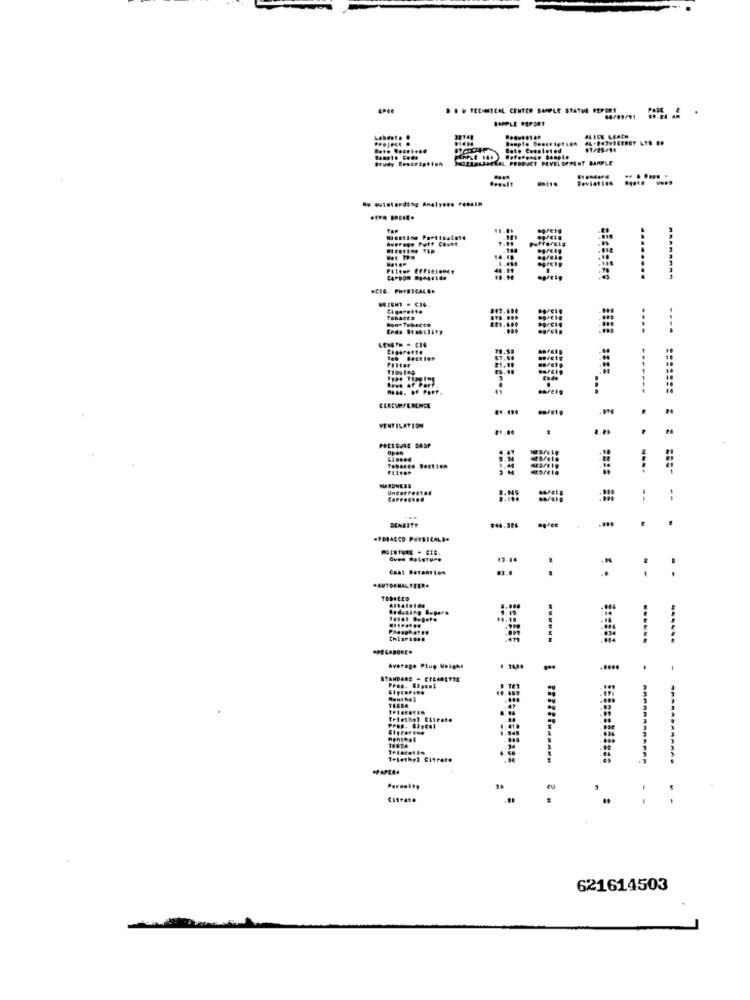
A4-843-3CERGY LTD ..
Date Completed
Study Boutription
HELMASSELAL PRODUCT DEVELOPMENT SAMPLE
.... lt
outstanding Analy ... .... in
AuFFone Putf Count
Filter Efficiency
.CE4. PHYSICALEN
WEIGHT . CIL
Cigarette
Tobacco
21.90
Rows of Port
PRESSURE DROP
Tebancs Section
-...
HARDNESS
Uncorrected
-.
:
.
-TOBACCO PHYSICALS.
POISTVEE - CIB.
Oven moisture
13.4.
Coat Berent .**
....
-
Altalolde
Arducing Supers
........
----..
"PECABORE*
Average Plup Velgh!
.....
-
STANDARD - CIEMETTE
TERDA
frietbyl Citrate
Triethyl Citrate
eu
.
621614503